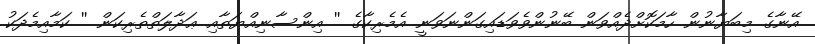
އޭނާގެ މިބަޔާނުން ހާމަކޮށްދެއްވަން ބޭނުންވެވަޑައިގަންނަވަނީ އެމެރިކާގެ '' އިންސާނިއްޔަތާއި ޢަދާލަތްތެރިކަން '' ކަމާއިމެދަކު